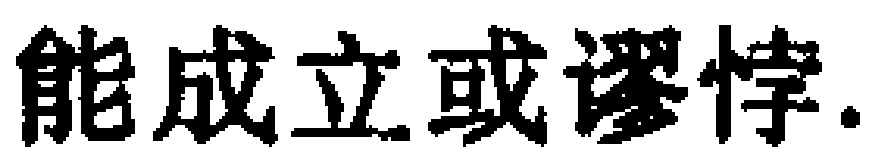
能成立或谬悖.